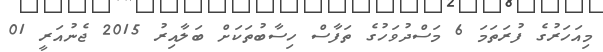
މިއަހަރުގެ ފުރަތަމަ 6 މަސްދުވަހުގެ ތަފާސް ހިސާބުތަކަށް ބަލާއިރު 2015 ޖެނުއަރީ 01